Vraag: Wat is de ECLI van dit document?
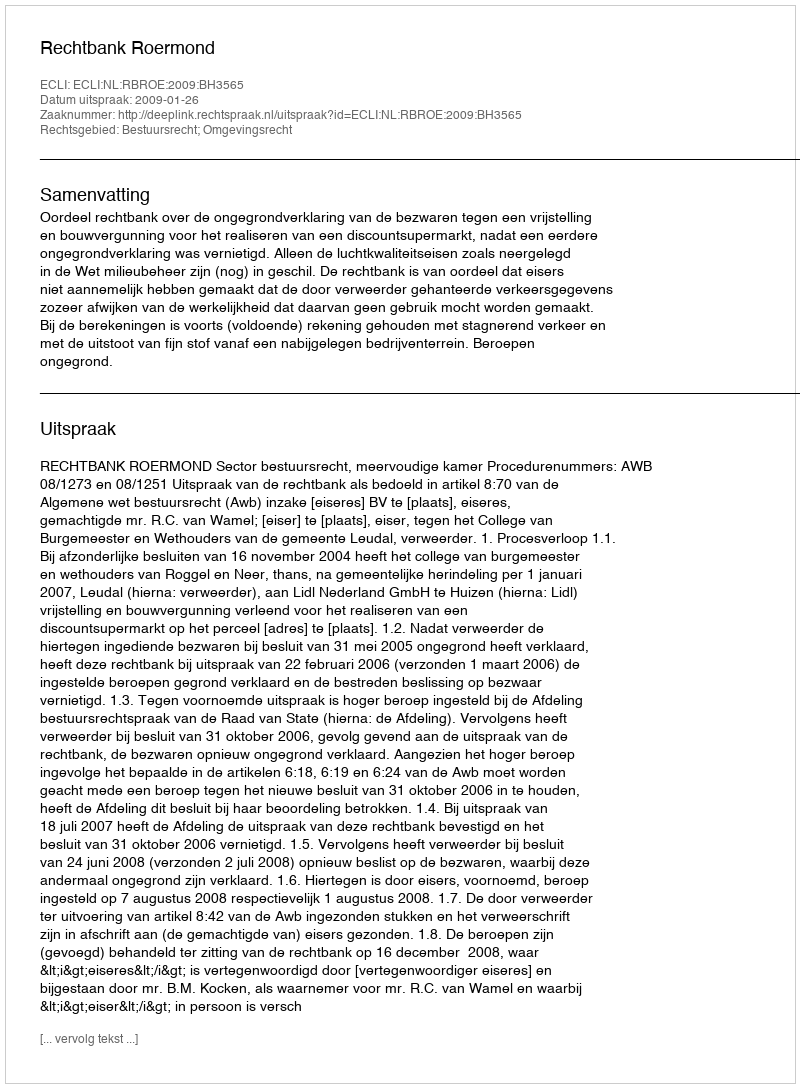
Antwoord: ECLI:NL:RBROE:2009:BH3565